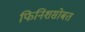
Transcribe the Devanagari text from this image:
फिनिशसोबत